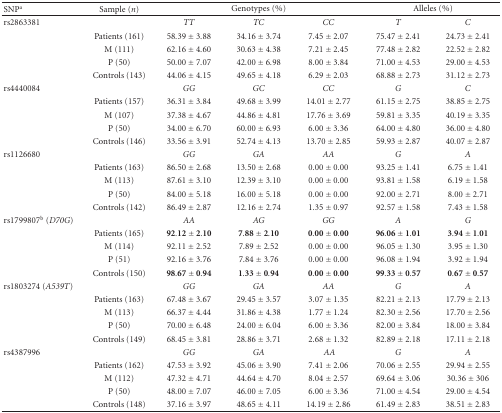
<table><thead><tr><td><b>SNP<sup>a</sup></b></td><td><b>Sample (<i>n</i>)</b></td><td colspan="3"><b>Genotypes (%)</b></td><td colspan="2"><b>Alleles (%)</b></td></tr></thead><tbody><tr><td>rs2863381</td><td></td><td><i>TT</i></td><td><i>TC </i></td><td><i>CC </i></td><td><i>T </i></td><td><i>C</i></td></tr><tr><td></td><td>Patients (161)</td><td>58.39 ± 3.88</td><td>34.16 ± 3.74</td><td>7.45 ± 2.07</td><td>75.47 ± 2.41</td><td>24.73 ± 2.41</td></tr><tr><td></td><td> M (111)</td><td>62.16 ± 4.60</td><td>30.63 ± 4.38</td><td>7.21 ± 2.45</td><td>77.48 ± 2.82</td><td>22.52 ± 2.82</td></tr><tr><td></td><td> P (50)</td><td>50.00 ± 7.07</td><td>42.00 ± 6.98</td><td>8.00 ± 3.84</td><td>71.00 ± 4.53</td><td>29.00 ± 4.53</td></tr><tr><td></td><td>Controls (143)</td><td>44.06 ± 4.15</td><td>49.65 ± 4.18</td><td>6.29 ± 2.03</td><td>68.88 ± 2.73</td><td>31.12 ± 2.73</td></tr><tr><td>rs4440084</td><td></td><td><i>GG</i></td><td><i>GC</i></td><td><i>CC</i></td><td><i>G </i></td><td><i>C</i></td></tr><tr><td></td><td>Patients (157)</td><td>36.31 ± 3.84</td><td>49.68 ± 3.99</td><td>14.01 ± 2.77</td><td>61.15 ± 2.75</td><td>38.85 ± 2.75</td></tr><tr><td></td><td> M (107)</td><td>37.38 ± 4.67</td><td>44.86 ± 4.81</td><td>17.76 ± 3.69</td><td>59.81 ± 3.35</td><td>40.19 ± 3.35</td></tr><tr><td></td><td> P (50)</td><td>34.00 ± 6.70</td><td>60.00 ± 6.93</td><td>6.00 ± 3.36</td><td>64.00 ± 4.80</td><td>36.00 ± 4.80</td></tr><tr><td></td><td>Controls (146)</td><td>33.56 ± 3.91</td><td>52.74 ± 4.13</td><td>13.70 ± 2.85</td><td>59.93 ± 2.87</td><td>40.07 ± 2.87</td></tr><tr><td>rs1126680</td><td></td><td><i>GG</i></td><td><i>GA</i></td><td><i>AA </i></td><td><i>G</i></td><td><i>A</i></td></tr><tr><td></td><td>Patients (163)</td><td>86.50 ± 2.68</td><td>13.50 ± 2.68</td><td>0.00 ± 0.00</td><td>93.25 ± 1.41</td><td>6.75 ± 1.41</td></tr><tr><td></td><td> M (113)</td><td>87.61 ± 3.10</td><td>12.39 ± 3.10</td><td>0.00 ± 0.00</td><td>93.81 ± 1.58</td><td>6.19 ± 1.58</td></tr><tr><td></td><td> P (50)</td><td>84.00 ± 5.18</td><td>16.00 ± 5.18</td><td>0.00 ± 0.00</td><td>92.00 ± 2.71</td><td>8.00 ± 2.71</td></tr><tr><td></td><td>Controls (142)</td><td>86.49 ± 2.87</td><td>12.16 ± 2.74</td><td>1.35 ± 0.97</td><td>92.57 ± 1.58</td><td>7.43 ± 1.58</td></tr><tr><td>rs1799807<sup>b</sup> (<i>D70G</i>)</td><td></td><td><i>AA</i></td><td><i>AG </i></td><td><i>GG</i></td><td><i>A </i></td><td><i>G</i></td></tr><tr><td></td><td>Patients (165)</td><td>92.12 ± 2.10</td><td>7.88 ± 2.10</td><td>0.00 ± 0.00</td><td>96.06 ± 1.01</td><td>3.94 ± 1.01</td></tr><tr><td></td><td> M (114)</td><td>92.11 ± 2.52</td><td>7.89 ± 2.52</td><td>0.00 ± 0.00</td><td>96.05 ± 1.30</td><td>3.95 ± 1.30</td></tr><tr><td></td><td> P (51)</td><td>92.16 ± 3.76</td><td>7.84 ± 3.76</td><td>0.00 ± 0.00</td><td>96.08 ± 1.94</td><td>3.92 ± 1.94</td></tr><tr><td></td><td>Controls (150)</td><td>98.67 ± 0.94</td><td>1.33 ± 0.94</td><td>0.00 ± 0.00</td><td>99.33 ± 0.57</td><td>0.67 ± 0.57</td></tr><tr><td>rs1803274 (<i>A539T</i>)</td><td></td><td><i>GG</i></td><td><i>GA</i></td><td><i>AA</i></td><td><i>G </i></td><td><i>A</i></td></tr><tr><td></td><td>Patients (163)</td><td>67.48 ± 3.67</td><td>29.45 ± 3.57</td><td>3.07 ± 1.35</td><td>82.21 ± 2.13</td><td>17.79 ± 2.13</td></tr><tr><td></td><td>M (113)</td><td>66.37 ± 4.44</td><td>31.86 ± 4.38</td><td>1.77 ± 1.24</td><td>82.30 ± 2.56</td><td>17.70 ± 2.56</td></tr><tr><td></td><td> P (50)</td><td>70.00 ± 6.48</td><td>24.00 ± 6.04</td><td>6.00 ± 3.36</td><td>82.00 ± 3.84</td><td>18.00 ± 3.84</td></tr><tr><td></td><td>Controls (149)</td><td>68.45 ± 3.81</td><td>28.86 ± 3.71</td><td>2.68 ± 1.32</td><td>82.89 ± 2.18</td><td>17.11 ± 2.18</td></tr><tr><td>rs4387996</td><td></td><td><i>GG</i></td><td><i>GA</i></td><td><i> AA</i></td><td><i>G </i></td><td><i>A</i></td></tr><tr><td></td><td>Patients (162)</td><td>47.53 ± 3.92</td><td>45.06 ± 3.90</td><td>7.41 ± 2.06</td><td>70.06 ± 2.55</td><td>29.94 ± 2.55</td></tr><tr><td></td><td> M (112)</td><td>47.32 ± 4.71</td><td>44.64 ± 4.70</td><td>8.04 ± 2.57</td><td>69.64 ± 3.06</td><td>30.36 ± 306</td></tr><tr><td></td><td> P (50)</td><td>48.00 ± 7.07</td><td>46.00 ± 7.05</td><td>6.00 ± 3.36</td><td>71.00 ± 4.54</td><td>29.00 ± 4.54</td></tr><tr><td></td><td>Controls (148)</td><td>37.16 ± 3.97</td><td>48.65 ± 4.11</td><td>14.19 ± 2.86</td><td>61.49 ± 2.83</td><td>38.51 ± 2.83</td></tr></tbody></table>